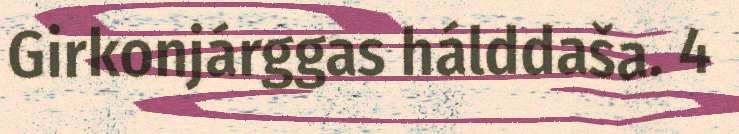
Girkonjárggas hálddaša. 4